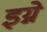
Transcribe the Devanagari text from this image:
इग्ने